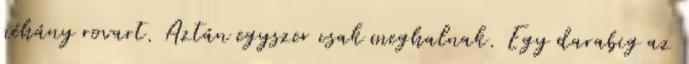
néhány rovart. Aztán egyszer csak meghalnak. Egy darabig az